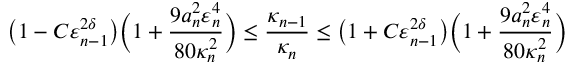
\bigl ( 1 - C \varepsilon _ { n - 1 } ^ { 2 \delta } \bigr ) \biggl ( 1 + \frac { 9 a _ { n } ^ { 2 } \varepsilon _ { n } ^ { 4 } } { 8 0 \kappa _ { n } ^ { 2 } } \biggr ) \leq \frac { \kappa _ { n - 1 } } { \kappa _ { n } } \leq \bigl ( 1 + C \varepsilon _ { n - 1 } ^ { 2 \delta } \bigr ) \biggl ( 1 + \frac { 9 a _ { n } ^ { 2 } \varepsilon _ { n } ^ { 4 } } { 8 0 \kappa _ { n } ^ { 2 } } \biggr )